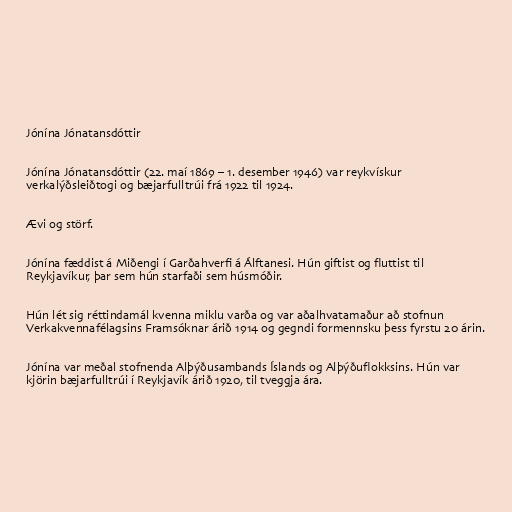
Jónína Jónatansdóttir

Jónína Jónatansdóttir (22. maí 1869 – 1. desember 1946) var reykvískur
verkalýðsleiðtogi og bæjarfulltrúi frá 1922 til 1924.

Ævi og störf.

Jónína fæddist á Miðengi í Garðahverfi á Álftanesi. Hún giftist og fluttist til
Reykjavíkur, þar sem hún starfaði sem húsmóðir.

Hún lét sig réttindamál kvenna miklu varða og var aðalhvatamaður að stofnun
Verkakvennafélagsins Framsóknar árið 1914 og gegndi formennsku þess fyrstu 20 árin.

Jónína var meðal stofnenda Alþýðusambands Íslands og Alþýðuflokksins. Hún var
kjörin bæjarfulltrúi í Reykjavík árið 1920, til tveggja ára.